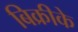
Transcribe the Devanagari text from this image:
बिक्रीके